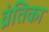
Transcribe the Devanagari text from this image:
व्रंतिका